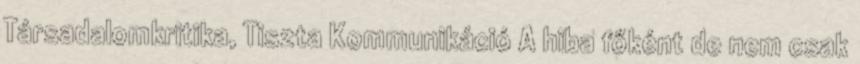
Társadalomkritika, Tiszta Kommunikáció A hiba főként de nem csak